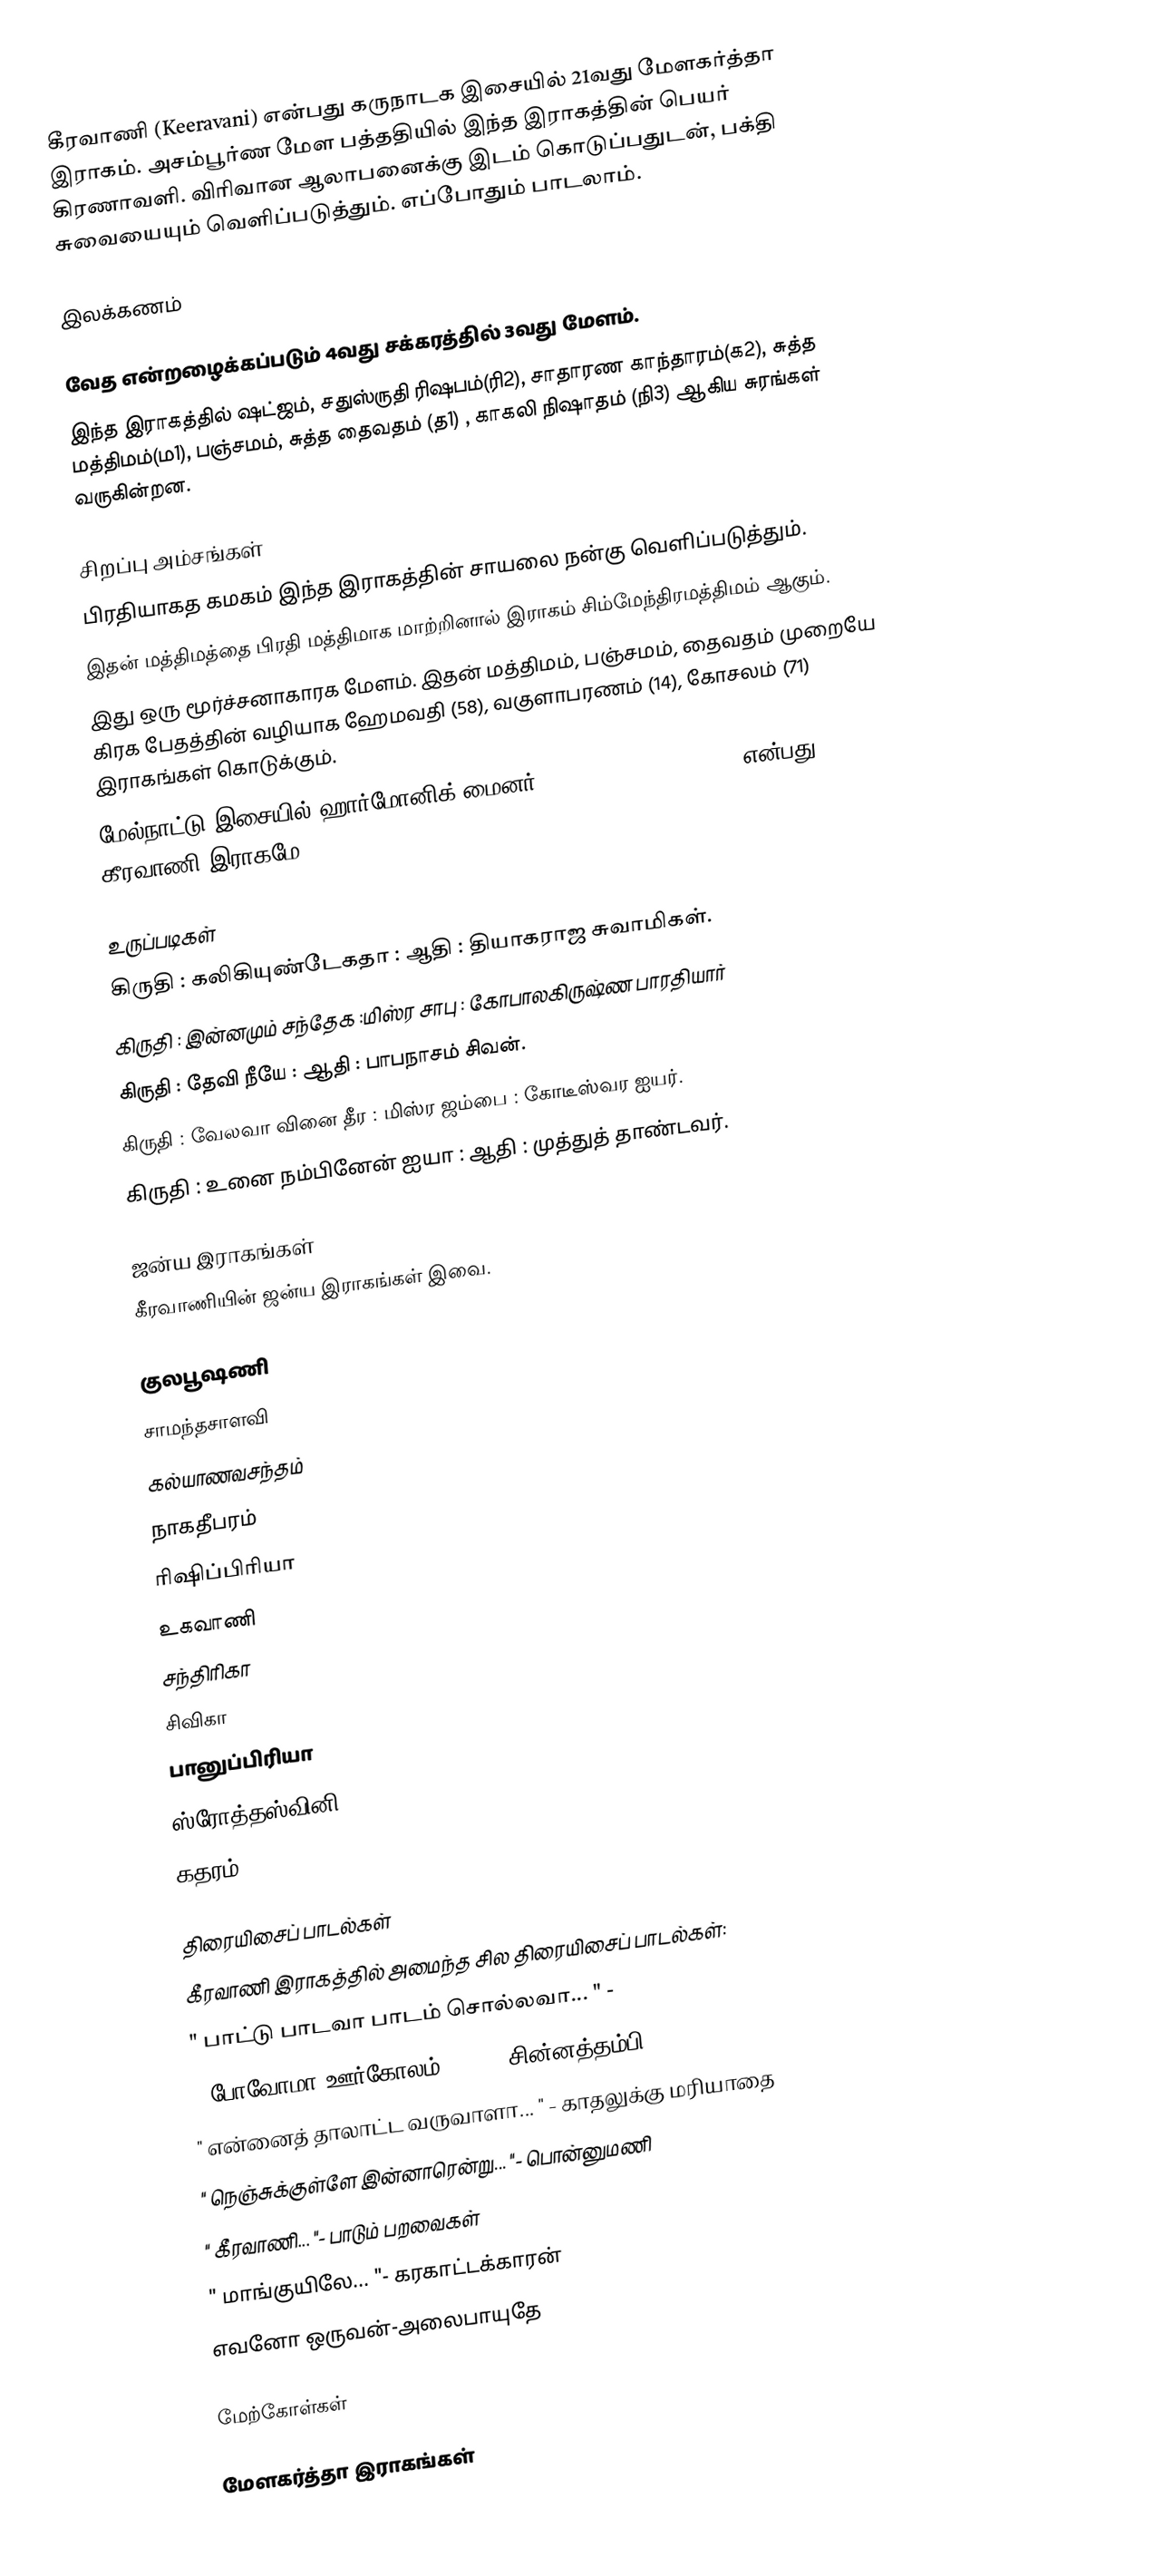
கீரவாணி (Keeravani) என்பது கருநாடக இசையில் 21வது மேளகர்த்தா இராகம்.  அசம்பூர்ண மேள பத்ததியில் இந்த இராகத்தின் பெயர் கிரணாவளி. விரிவான ஆலாபனைக்கு இடம் கொடுப்பதுடன், பக்தி சுவையையும் வெளிப்படுத்தும். எப்போதும் பாடலாம்.

இலக்கணம்

 வேத என்றழைக்கப்படும் 4வது சக்கரத்தில் 3வது மேளம்.
 இந்த இராகத்தில் ஷட்ஜம், சதுஸ்ருதி ரிஷபம்(ரி2), சாதாரண காந்தாரம்(க2), சுத்த மத்திமம்(ம1), பஞ்சமம், சுத்த தைவதம் (த1) , காகலி நிஷாதம் (நி3) ஆகிய சுரங்கள் வருகின்றன.

சிறப்பு அம்சங்கள்
 பிரதியாகத கமகம் இந்த இராகத்தின் சாயலை நன்கு வெளிப்படுத்தும்.
 இதன் மத்திமத்தை பிரதி மத்திமாக மாற்றினால் இராகம் சிம்மேந்திரமத்திமம் ஆகும்.
 இது ஒரு மூர்ச்சனாகாரக மேளம். இதன் மத்திமம், பஞ்சமம், தைவதம் முறையே கிரக பேதத்தின் வழியாக ஹேமவதி (58), வகுளாபரணம் (14), கோசலம் (71) இராகங்கள் கொடுக்கும்.
 மேல்நாட்டு இசையில் ஹார்மோனிக் மைனர் (Harmonic Minor Scale) என்பது கீரவாணி இராகமே.

உருப்படிகள்
 கிருதி	: கலிகியுண்டேகதா	: ஆதி		: தியாகராஜ சுவாமிகள்.
 கிருதி	: இன்னமும் சந்தேக	:மிஸ்ர சாபு	: கோபாலகிருஷ்ண பாரதியார்
 கிருதி	: தேவி நீயே		: ஆதி		: பாபநாசம் சிவன்.
 கிருதி	: வேலவா வினை தீர	: மிஸ்ர ஜம்பை	: கோடீஸ்வர ஐயர்.
 கிருதி	: உனை நம்பினேன் ஐயா	: ஆதி		: முத்துத் தாண்டவர்.

ஜன்ய இராகங்கள்
கீரவாணியின் ஜன்ய இராகங்கள் இவை.

 குலபூஷணி
 சாமந்தசாளவி
 கல்யாணவசந்தம்
 நாகதீபரம்
 ரிஷிப்பிரியா
 உகவாணி
 சந்திரிகா
 சிவிகா
 பானுப்பிரியா
 ஸ்ரோத்தஸ்வினி
 கதரம்

திரையிசைப் பாடல்கள்
கீரவாணி இராகத்தில் அமைந்த சில திரையிசைப் பாடல்கள்:
 " பாட்டு பாடவா பாடம் சொல்லவா... " -
 " போவோமா ஊர்கோலம்... " - சின்னத்தம்பி
 " என்னைத் தாலாட்ட வருவாளா... " - காதலுக்கு மரியாதை
 " நெஞ்சுக்குள்ளே இன்னாரென்று... "- பொன்னுமணி
 " கீரவாணி... "- பாடும் பறவைகள்
 " மாங்குயிலே... "- கரகாட்டக்காரன்
எவனோ ஒருவன்-அலைபாயுதே

மேற்கோள்கள்

மேளகர்த்தா இராகங்கள்